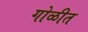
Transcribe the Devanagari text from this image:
गोळीत